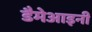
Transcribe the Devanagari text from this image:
डैमेआइनी